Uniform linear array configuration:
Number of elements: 16
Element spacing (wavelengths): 1
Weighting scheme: cosine
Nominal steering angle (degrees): -45
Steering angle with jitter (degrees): -44.707
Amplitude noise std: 0.05
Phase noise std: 0.05

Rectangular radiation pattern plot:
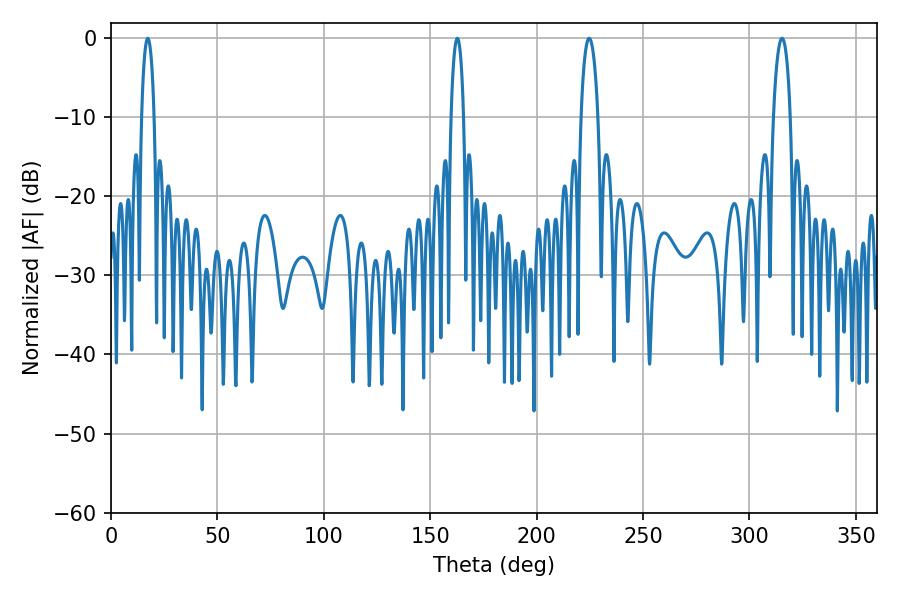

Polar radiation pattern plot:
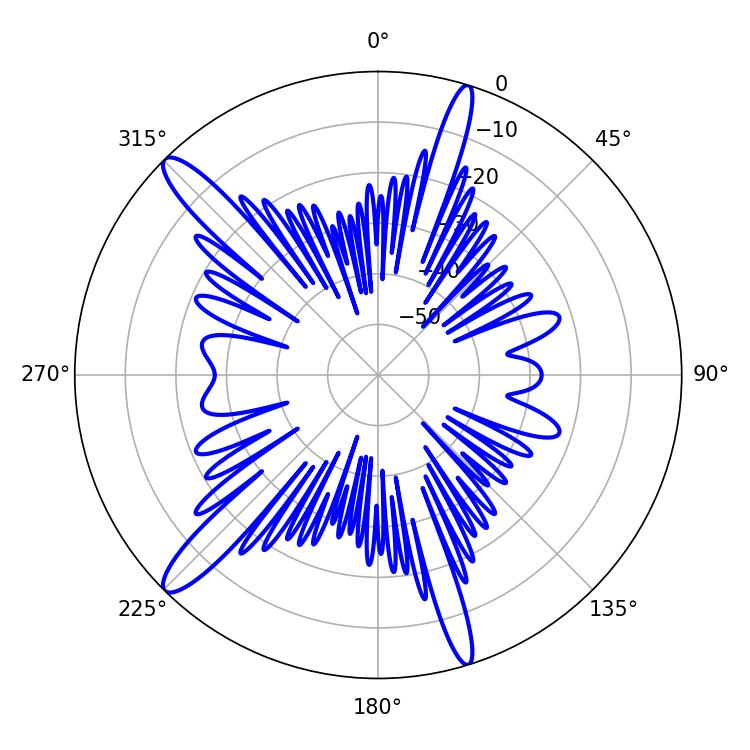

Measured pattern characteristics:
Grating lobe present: TRUE
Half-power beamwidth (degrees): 3.24
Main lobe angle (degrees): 17.28